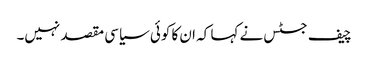
چیف جسٹس نے کہا کہ ان کا کوئی سیاسی مقصد نہیں۔